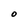
Character: O